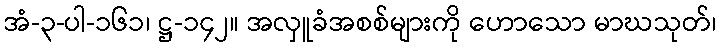
အံ-၃-ပါ-၁၆၁၊ ဋ္ဌ-၁၄၂။ အလှူခံအစစ်များကို ဟောသော မာဃသုတ်၊